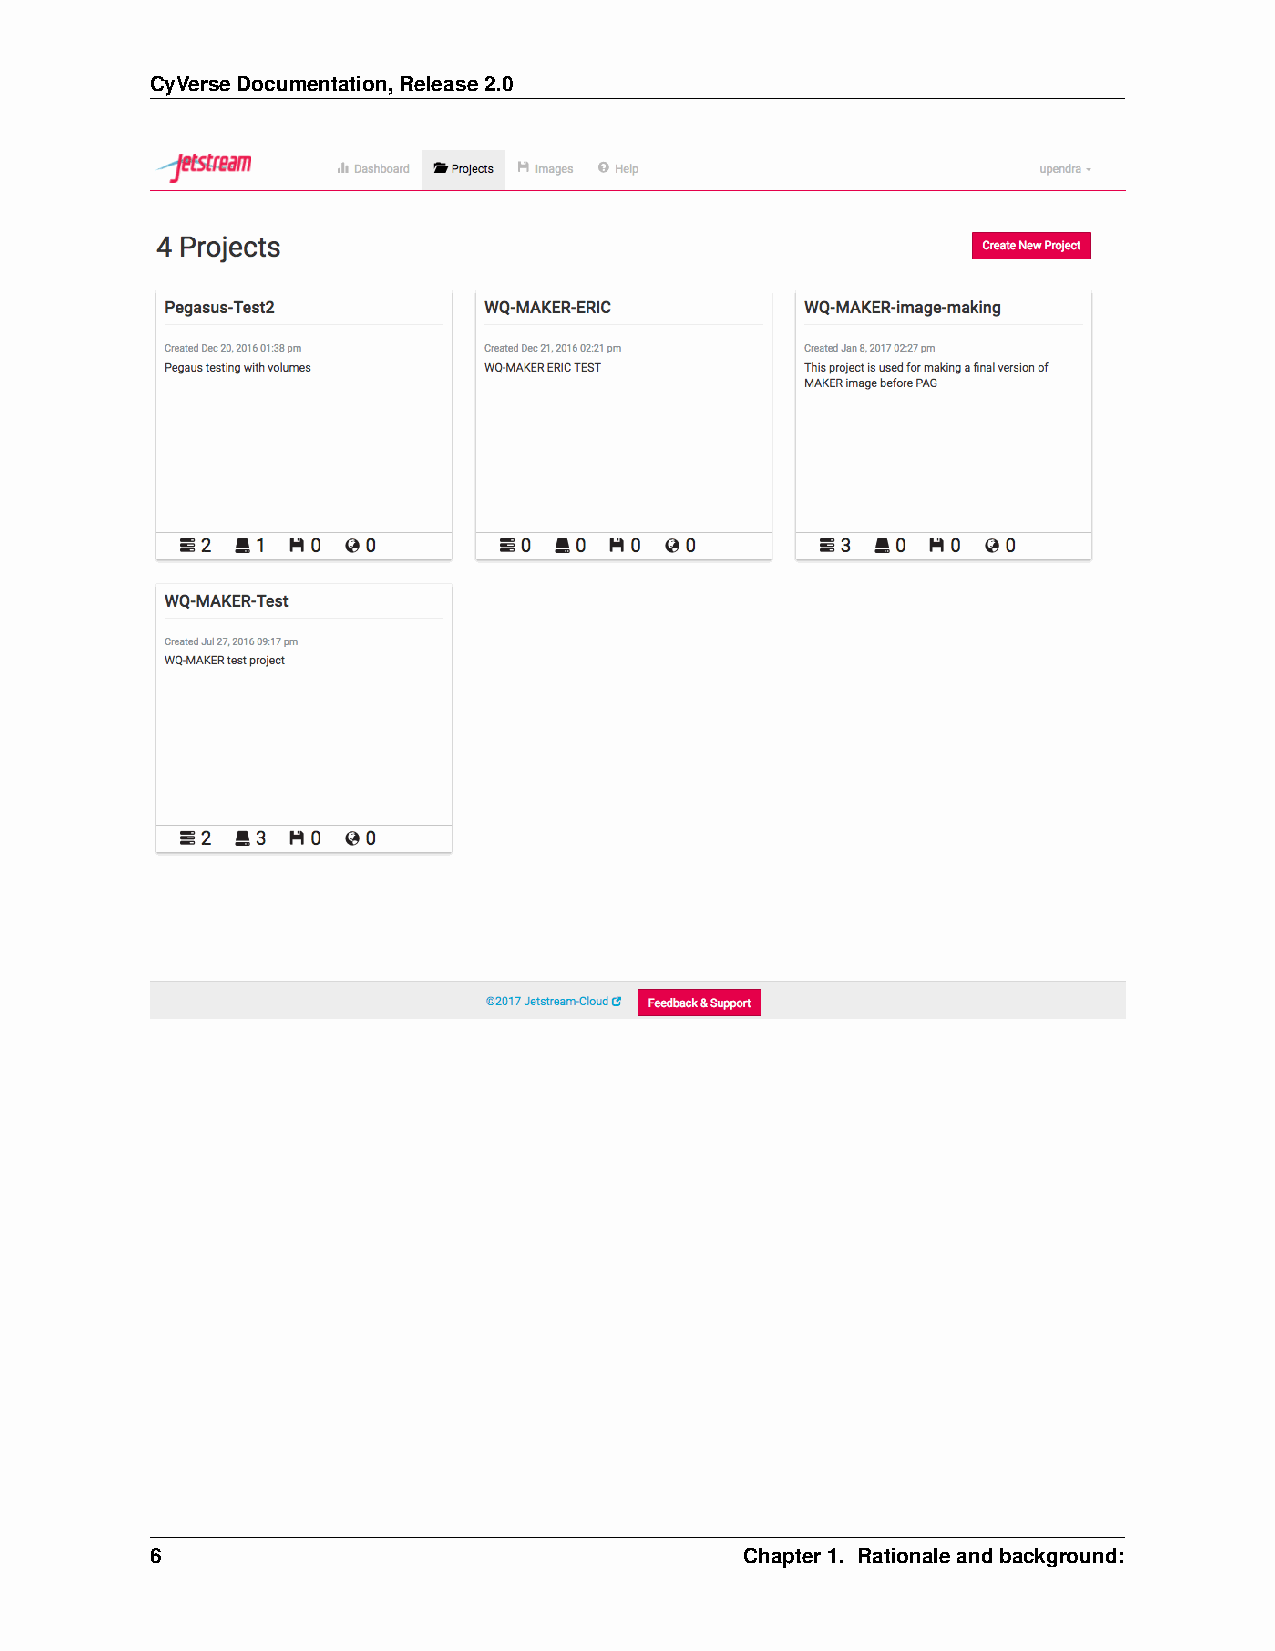
CyVerseDocumentation,Release2.0
 6                                      Chapter1. Rationaleandbackground: